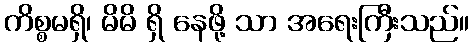
ကိစ္စမရှိ၊ မိမိ ရှိ နေဖို့ သာ အရေးကြီးသည်။